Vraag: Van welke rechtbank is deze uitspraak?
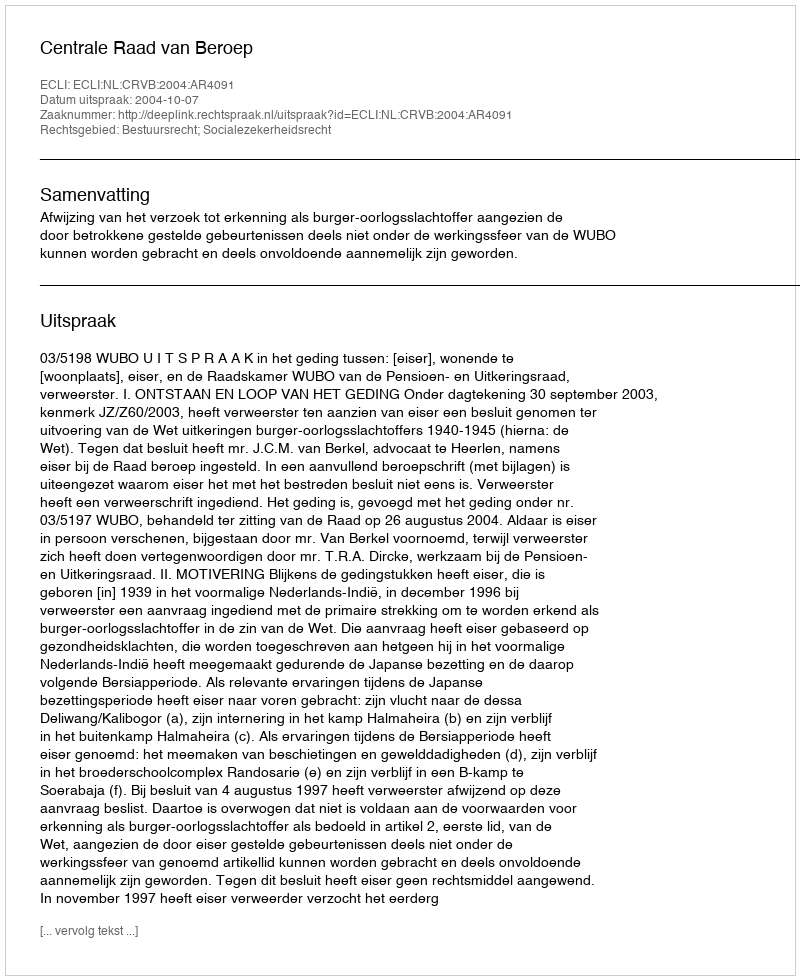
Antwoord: Centrale Raad van Beroep